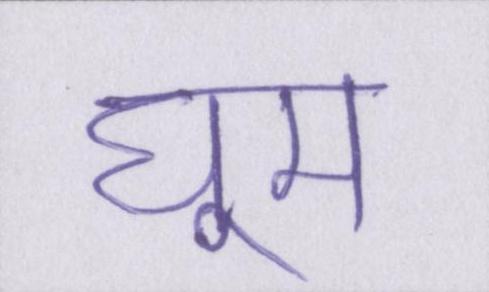
घूम